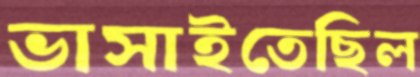
ভাসাইতেছিল